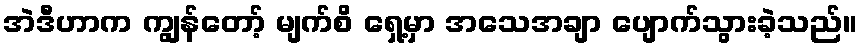
အဲဒီဟာက ကျွန်တော့် မျက်စိ ရှေ့မှာ အသေအချာ ပျောက်သွားခဲ့သည်။